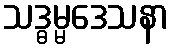
သဒ္ဓမ္မဒေသနာ